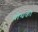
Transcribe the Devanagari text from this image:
पोथकी